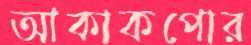
আকাকপোর